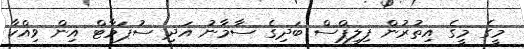
މީގެ މީގެ އިތުރުން ފިލިޕްސް ބަދިގެ ސާމާނު އަދި ސުޕަމާޓް އިން ވިއްކާ